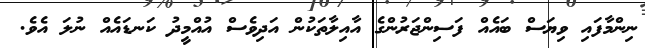
ނިންމާފައި ވިޔަސް ބައެއް ފަސިންޖަރުންގެ އާއިލާތަކުން އަދިވެސް އުއްމީދު ކަނޑައެއް ނުލަ އެވެ.